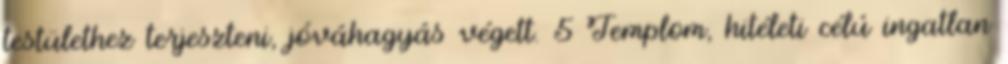
testülethez terjeszteni, jóváhagyás végett. 5 Templom, hitéleti célú ingatlan